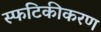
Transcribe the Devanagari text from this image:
स्फटिकीकरण